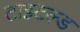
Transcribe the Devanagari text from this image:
टाइटल्ड